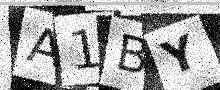
Text: A1BY